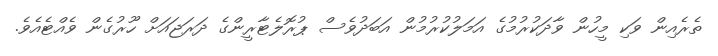
ތެރެއިން ވަކި މީހުން ވާދަކުރުމުގެ އަމަލުކުރުމުން އަބަދުވެސް ޕުރޮލެޓާރީންގެ ދަރަޖައަށް ހޫރުގެން ވެއްޓެއެވެ.